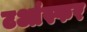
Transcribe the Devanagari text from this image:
टआंस्फर